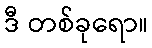
ဒီ တစ်ခုရော။